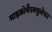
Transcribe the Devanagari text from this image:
माइक्रोवैस्क्यूलेचर